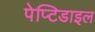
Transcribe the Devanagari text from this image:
पेप्टिडाइल